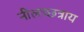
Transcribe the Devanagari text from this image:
नीलच्छत्राय